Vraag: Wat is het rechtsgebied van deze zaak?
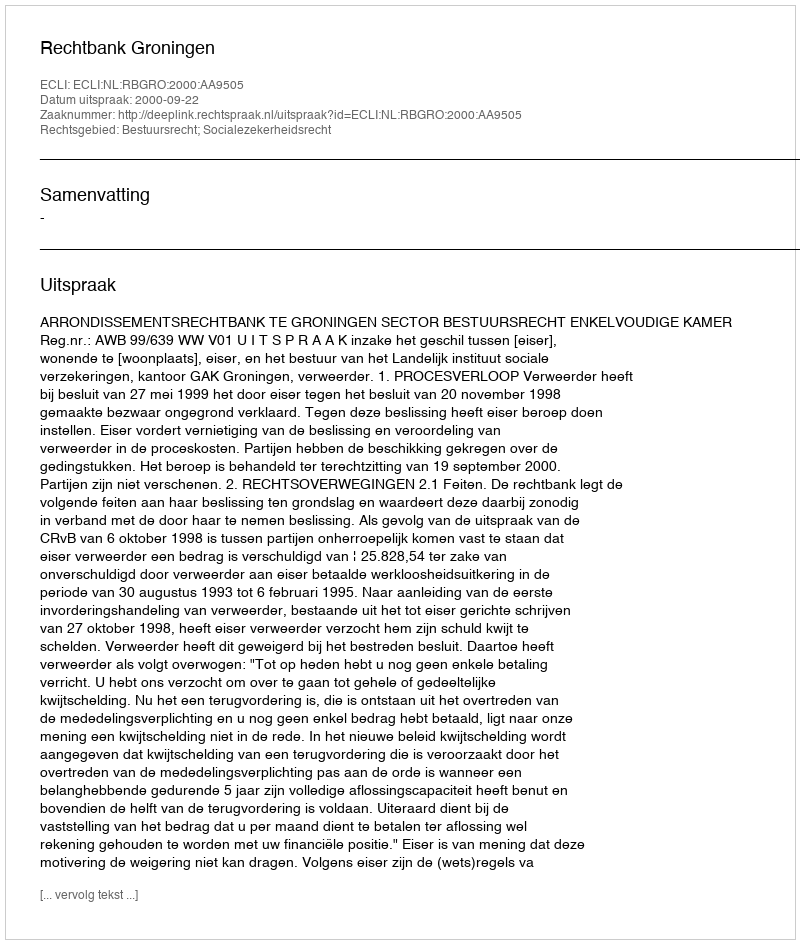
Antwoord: Bestuursrecht; Socialezekerheidsrecht